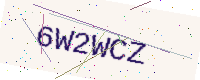
Text: 6W2WCZ